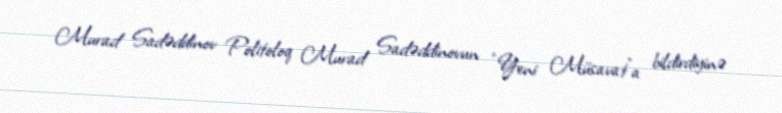
Murad Sadəddinov Politoloq Murad Sadəddinovun “Yeni Müsavat”a bildirdiyinə